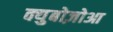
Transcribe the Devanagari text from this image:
क्युबोज़ोआ